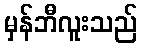
မှန်ဘီလူးသည်